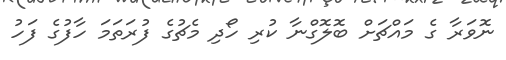
ނޮވަރާ ގެ މައްޗަށް ބޮލޮގްނާ ކުރި ހޯދި މެޗުގެ ފުރަތަމަ ހާފުގެ ފަހު